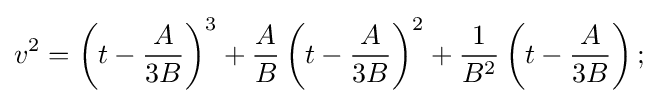
v^{2}=\left(t-{\frac {A}{3B}}\right)^{3}+{\frac {A}{B}}\left(t-{\frac {A}{3B}}\right)^{2}+{\frac {1}{B^{2}}}\left(t-{\frac {A}{3B}}\right);